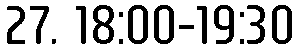
27. 18:00-19:30